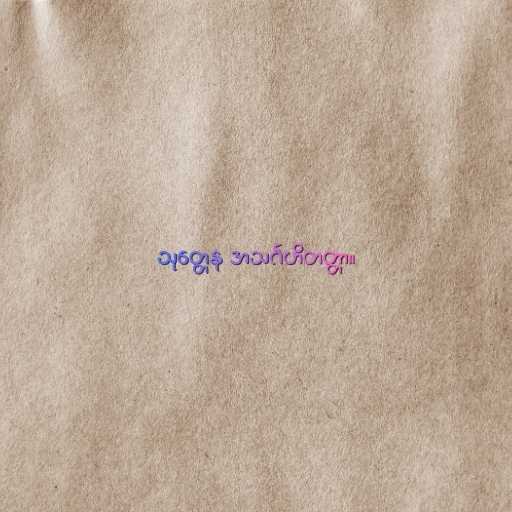
သုတ္တေန အသင်္ဂဟိတတ္တာ။